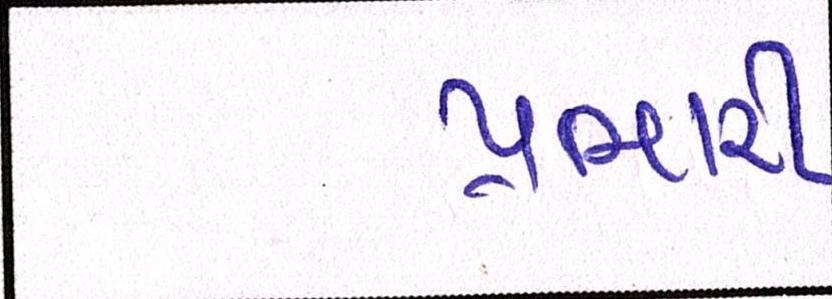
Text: પ્રભારી